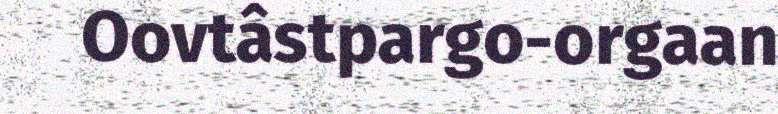
Oovtâstpargo-orgaan